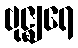
ဗုဇ္ဈရေ